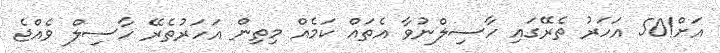
އަށް!50 އަހަރު ތެރޭގައި ހާސިލްނުވާ އެތައް ކަމެއް މިތިން އަހަރުތެރޭ ހާސިލް ވެއްޖެ